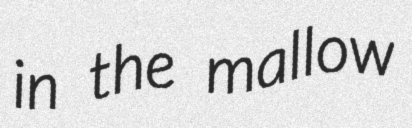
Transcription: in the mallow